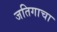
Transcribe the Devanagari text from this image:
जतिगाचा